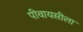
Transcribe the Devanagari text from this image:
पीवायसीला